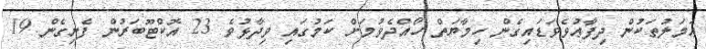
ޢަމަލުތަކުން ދިފާޢުވެވަޑައިގެން ހިމާޔަތް ހޯއްދެވުމަށް ކަމުގައި ވިދާޅުވެ 23 އޮކްޓޫބަރުން ފެށިގެން 19